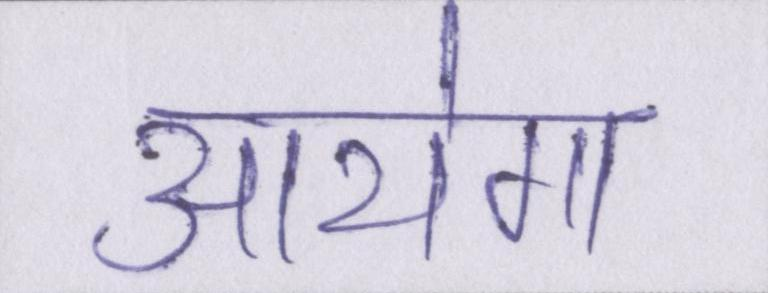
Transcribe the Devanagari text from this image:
आयेगा